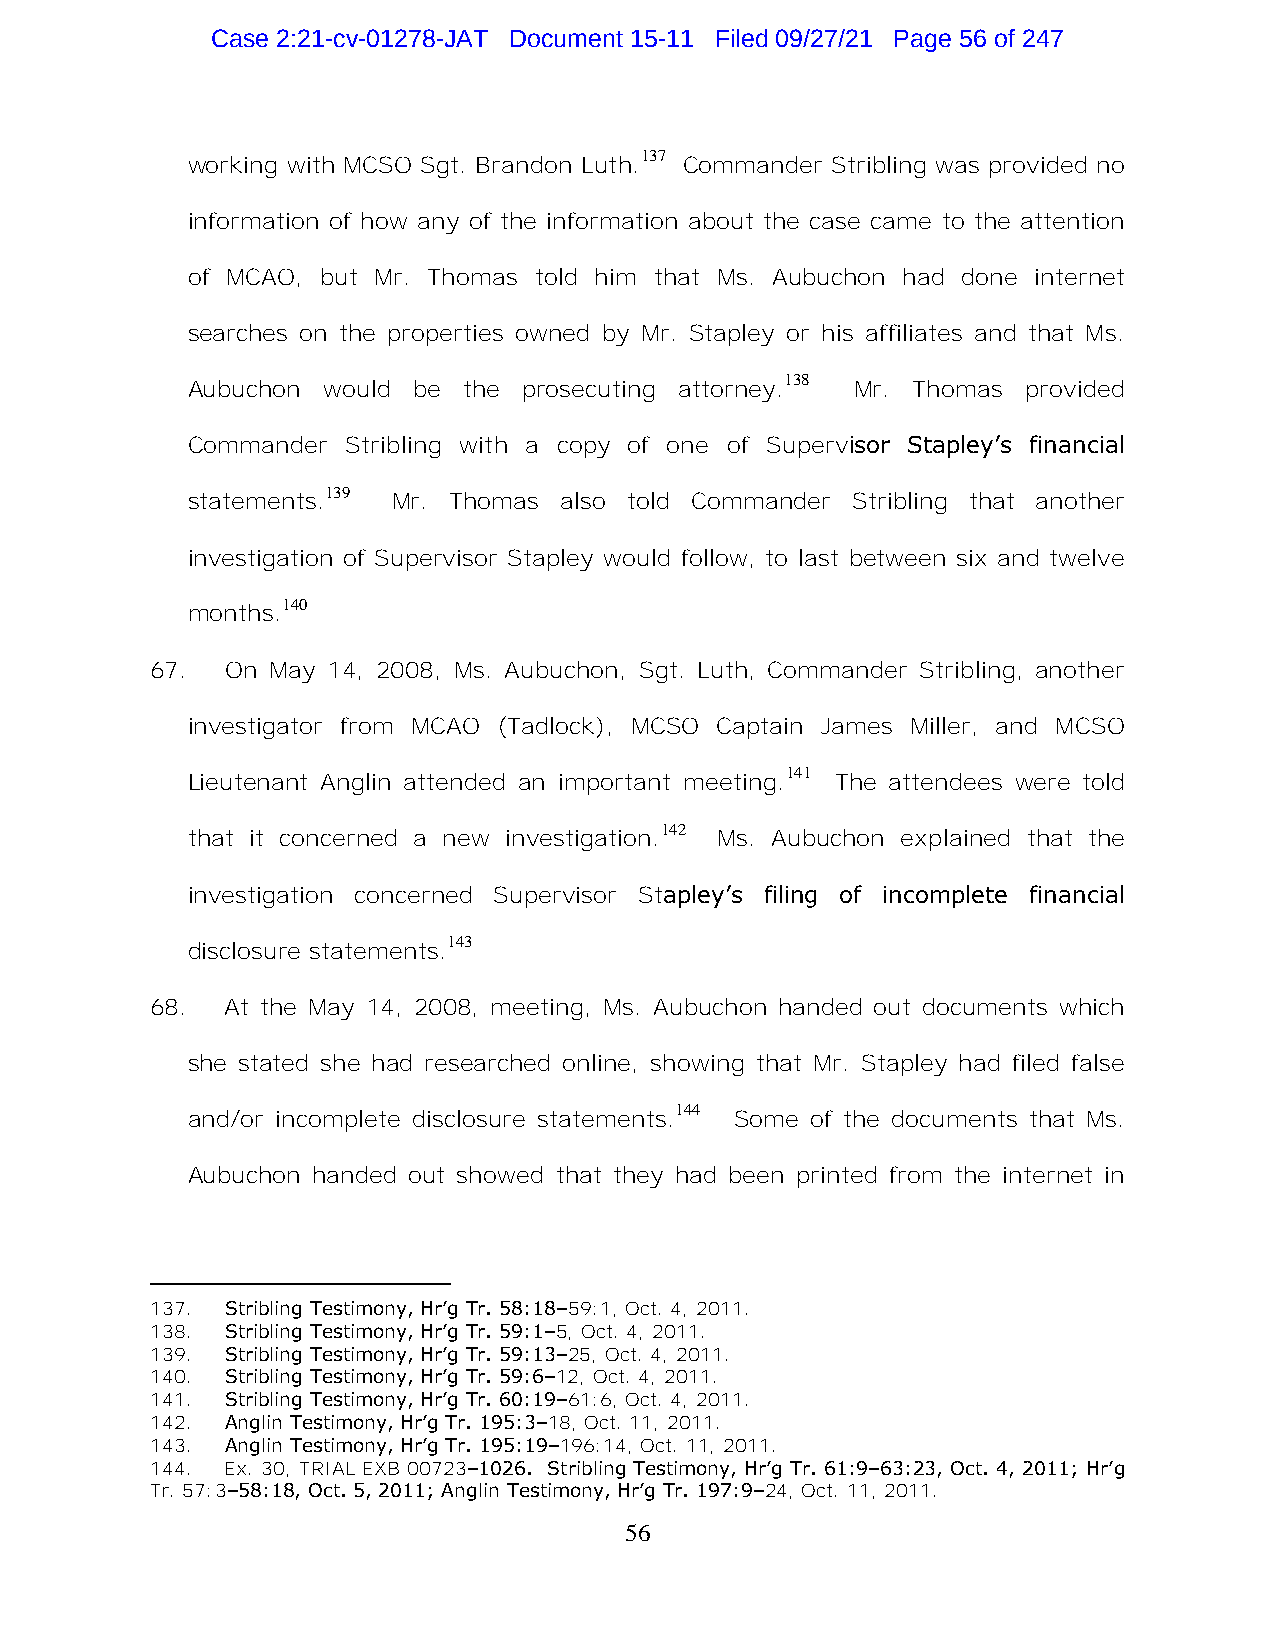
Case 2:21-cv-01278-JAT Document 15-11 Filed 09/27/21 Page 56 of 247
 137
 working with MCSO Sgt. Brandon Luth. Commander Stribling was provided no
 information of how any of the information about the case came to the attention
 of MCAO, but Mr. Thomas told him that Ms. Aubuchon had done internet
 searches on the properties owned by Mr. Stapley or his affiliates and that Ms.
 138
 Aubuchon would be  the prosecuting attorney. Mr. Thomas provided
 Commander  Stribling with a copy of one of Supervisor Stapley’s financial
 139
 statements.   Mr. Thomas also told Commander Stribling that another
 investigation of Supervisor Stapley would follow, to last between six and twelve
 140
 months.
 67.  On May 14, 2008, Ms. Aubuchon, Sgt. Luth, Commander Stribling, another
 investigator from MCAO (Tadlock), MCSO Captain James Miller, and MCSO
 141
 Lieutenant Anglin attended an important meeting. The attendees were told
 142
 that it concerned a new investigation. Ms. Aubuchon explained that the
 investigation concerned Supervisor Stapley’s filing of incomplete financial
 143
 disclosure statements.
 68.  At the May 14, 2008, meeting, Ms. Aubuchon handed out documents which
 she stated she had researched online, showing that Mr. Stapley had filed false
 144
 and/or incomplete disclosure statements. Some of the documents that Ms.
 Aubuchon handed out showed that they had been printed from the internet in
 137. Stribling Testimony, Hr’g Tr. 58:18–59:1, Oct. 4, 2011.
 138. Stribling Testimony, Hr’g Tr. 59:1–5, Oct. 4, 2011.
 139. Stribling Testimony, Hr’g Tr. 59:13–25, Oct. 4, 2011.
 140. Stribling Testimony, Hr’g Tr. 59:6–12, Oct. 4, 2011.
 141. Stribling Testimony, Hr’g Tr. 60:19–61:6, Oct. 4, 2011.
 142. Anglin Testimony, Hr’g Tr. 195:3–18, Oct. 11, 2011.
 143. Anglin Testimony, Hr’g Tr. 195:19–196:14, Oct. 11, 2011.
 144. Ex. 30, TRIAL EXB 00723–1026. Stribling Testimony, Hr’g Tr. 61:9–63:23, Oct. 4, 2011; Hr’g
 Tr. 57:3–58:18, Oct. 5, 2011; Anglin Testimony, Hr’g Tr. 197:9–24, Oct. 11, 2011.
 56